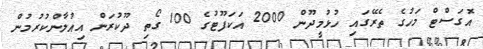
އޮގަސްޓް މަހުގެ ތެރޭގައި ހުޅުމީދޫން 2000 އަކަފޫޓުގެ 100 ގޯތި ދޫކުރަން އިއުލާންކުރުމުން